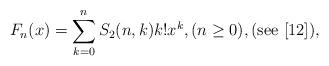
LaTeX: \begin{align*}F_{n}(x)=\sum_{k=0}^{n}S_{2}(n,k)k!x^{k},(n\ge 0),(\mathrm{see}\ [12]),\end{align*}